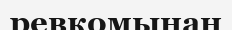
ревкомынан